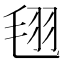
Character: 𣭜